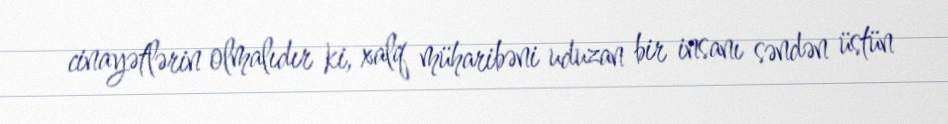
cinayətlərin olmalıdır ki, xalq müharibəni uduzan bir insanı səndən üstün